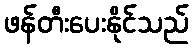
ဖန်တီးပေးနိုင်သည်